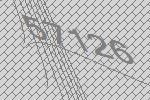
57126